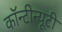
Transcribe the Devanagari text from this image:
कॉन्टीन्यूटी